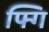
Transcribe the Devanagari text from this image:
फ्गि